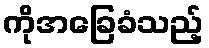
ကိုအခြေခံသည့်